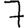
Digit: 7